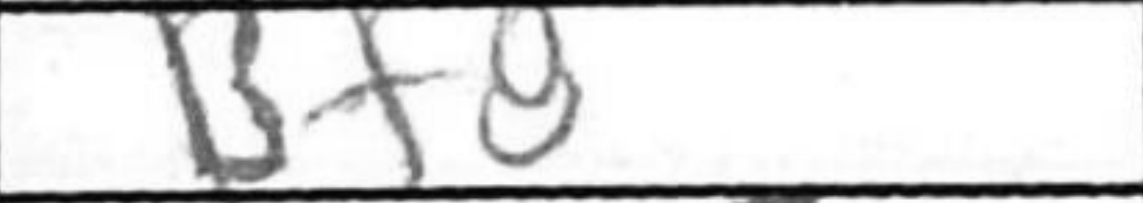
Transcription: Bfg